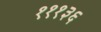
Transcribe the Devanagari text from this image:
१११३६